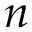
n